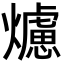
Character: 爈